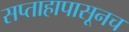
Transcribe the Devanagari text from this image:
सप्ताहापासूनच